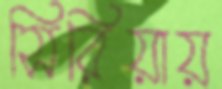
সিরিয়ায়